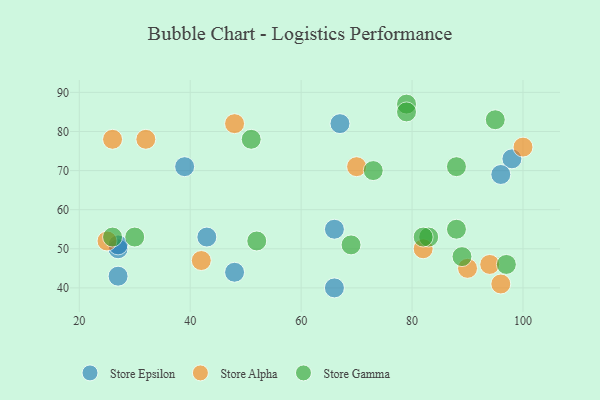
{"axis": {"x": "GDP", "y": "Life Expectancy"}, "legend": ["Store Alpha", "Store Epsilon", "Store Gamma"], "data": [{"x": "48", "y": 44, "type": "Store Epsilon"}, {"x": "67", "y": 82, "type": "Store Epsilon"}, {"x": "43", "y": 53, "type": "Store Epsilon"}, {"x": "27", "y": 50, "type": "Store Epsilon"}, {"x": "27", "y": 51, "type": "Store Epsilon"}, {"x": "27", "y": 43, "type": "Store Epsilon"}, {"x": "66", "y": 55, "type": "Store Epsilon"}, {"x": "39", "y": 71, "type": "Store Epsilon"}, {"x": "98", "y": 73, "type": "Store Epsilon"}, {"x": "96", "y": 69, "type": "Store Epsilon"}, {"x": "66", "y": 40, "type": "Store Epsilon"}, {"x": "48", "y": 82, "type": "Store Alpha"}, {"x": "26", "y": 78, "type": "Store Alpha"}, {"x": "70", "y": 71, "type": "Store Alpha"}, {"x": "96", "y": 41, "type": "Store Alpha"}, {"x": "90", "y": 45, "type": "Store Alpha"}, {"x": "94", "y": 46, "type": "Store Alpha"}, {"x": "82", "y": 50, "type": "Store Alpha"}, {"x": "42", "y": 47, "type": "Store Alpha"}, {"x": "25", "y": 52, "type": "Store Alpha"}, {"x": "32", "y": 78, "type": "Store Alpha"}, {"x": "100", "y": 76, "type": "Store Alpha"}, {"x": "30", "y": 53, "type": "Store Gamma"}, {"x": "97", "y": 46, "type": "Store Gamma"}, {"x": "26", "y": 53, "type": "Store Gamma"}, {"x": "69", "y": 51, "type": "Store Gamma"}, {"x": "89", "y": 48, "type": "Store Gamma"}, {"x": "83", "y": 53, "type": "Store Gamma"}, {"x": "79", "y": 87, "type": "Store Gamma"}, {"x": "52", "y": 52, "type": "Store Gamma"}, {"x": "51", "y": 78, "type": "Store Gamma"}, {"x": "95", "y": 83, "type": "Store Gamma"}, {"x": "88", "y": 71, "type": "Store Gamma"}, {"x": "82", "y": 53, "type": "Store Gamma"}, {"x": "88", "y": 55, "type": "Store Gamma"}, {"x": "73", "y": 70, "type": "Store Gamma"}, {"x": "79", "y": 85, "type": "Store Gamma"}]}